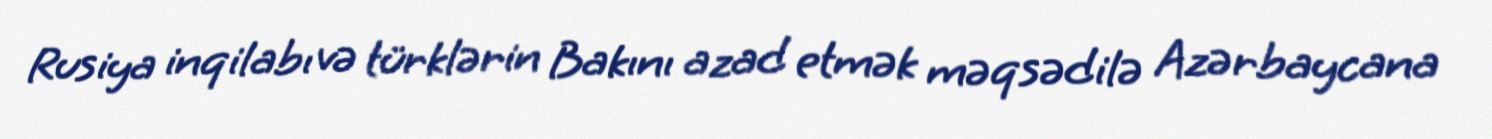
Rusiya inqilabı və türklərin Bakını azad etmək məqsədilə Azərbaycana